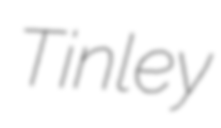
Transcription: Tinley